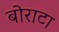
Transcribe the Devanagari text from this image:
बोराटा